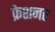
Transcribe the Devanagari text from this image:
फ्रेशनर